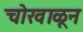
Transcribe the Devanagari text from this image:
चोखाळून